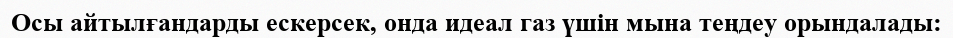
Осы айтылғандарды ескерсек, онда идеал газ үшін мына теңдеу орындалады: